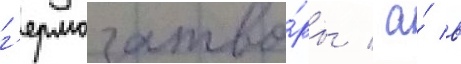
г'ермозатво́ры / а́ в